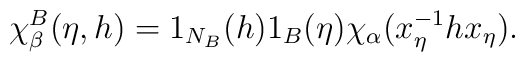
\chi^{B}_{\beta}(\eta,h)=1_{N_{B}}(h)1_{B}(\eta)\chi_{\alpha}(x_{\eta}^{-1}h x_{\eta}).